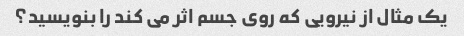
یک مثال از نیرویی که روی جسم اثر می کند را بنویسید؟